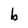
Character: b